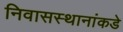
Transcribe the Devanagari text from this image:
निवासस्थानांकडे